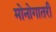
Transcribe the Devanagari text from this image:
मोनोगातरी